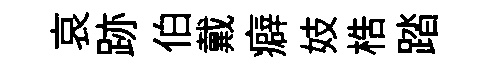
哀跡伯戴癖妓梏踏